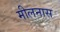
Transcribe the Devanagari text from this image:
मीलनास